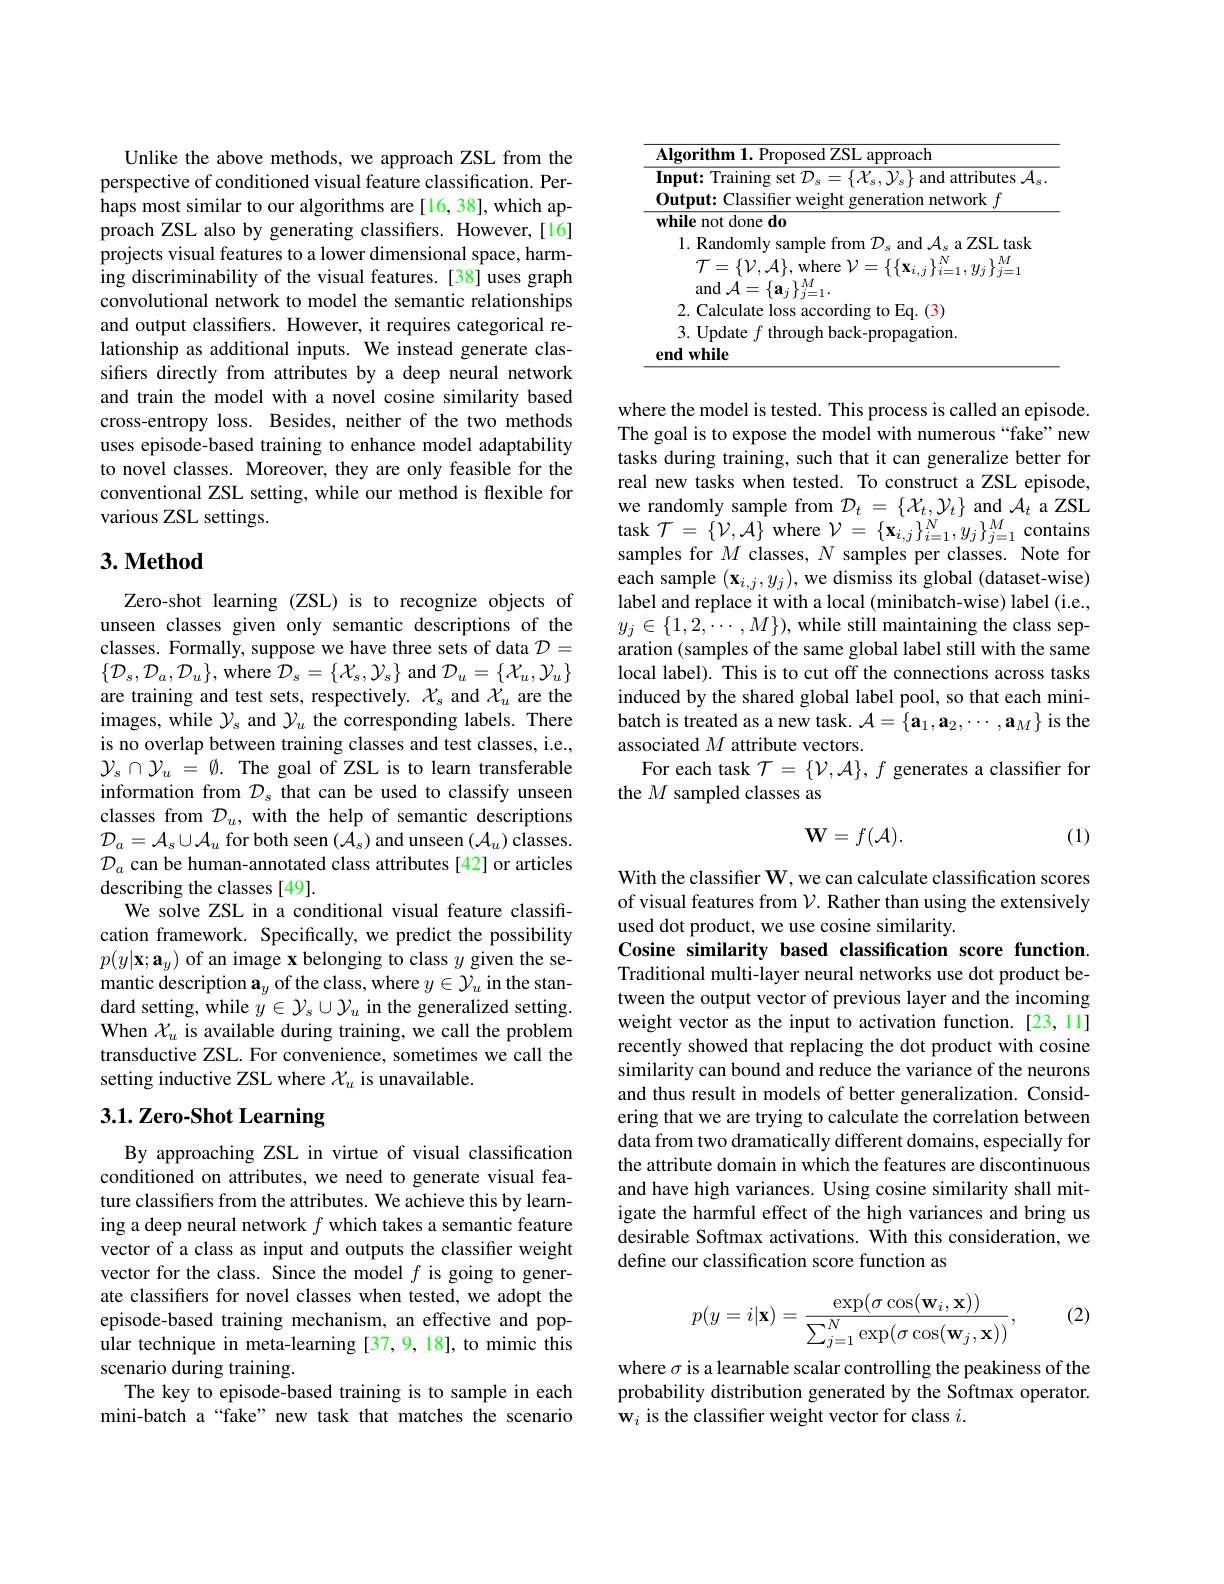
Unlike the above methods, we approach ZSL from the perspective of conditioned visual feature classification. Perhaps most similar to our algorithms are [16, 38], which approach ZSL also by generating classifiers. However,[16] projects visual features to a lower dimensional space, harming discriminability of the visual features. [38] uses graph convolutional network to model the semantic relationships and output classifers. However, it requires categorical relationship as additional inputs. We instead generate classifers directly from attributes by a deep neural network and train the model with a novel cosine similarity based cross-entropy loss. Besides, neither of the two methods uses episode-based training to enhance model adaptability to novel classes. Moreover, they are only feasible for the conventional ZSL setting, while our method is flexible for various ZSL settings.

## $3. \textbf{Method}$

Zero-shot learning (ZSL) is to recognize objects of unseen classes given only semantic descriptions of the classes. Formally, suppose we have three sets of data $\mathcal{D}=$ $\{\mathcal{D}_{s},\mathcal{D}_{a},\mathcal{D}_{u}\}$,where $\mathcal{D}_s=\{\mathcal{X}_{s},\mathcal{Y}_{s}\}$ and $\mathcal{D}_u=\{\mathcal{X}_{u},\mathcal{Y}_{u}\}$ are training and test sets, respectively. $\chi_s$ and $\chi_u$ are the images, while $\mathcal{Y}_s$ and $\mathcal{Y}_u$ the corresponding labels. There is no overlap between training classes and test classes, i.e., $\mathcal{Y}_s\cap\mathcal{Y}_u=\emptyset.$ The goal of ZSL is to learn transferable information from $\mathcal{D}_s$ that can be used to classify unseen classes from $D_u$, with the help of semantic descriptions $\mathcal{D}_{a}=\mathcal{A}_{s}\cup\mathcal{A}_{u}$ for both seen $(\mathcal{A}_{s})$ and unseen $(\mathcal{A}_{u})$ classes. $\mathcal{D}_a$ can be human-annotated class attributes [42] or articles describing the classes [49].
We solve ZSL in a conditional visual feature classification framework. Specifically, we predict the possibility $p(y|\mathbf{x};\mathbf{a}_{y})$ of an image x belonging to class $y$ given the semantic description $\mathbf{a}_y$ of the class, where $y\in\mathcal{Y}_u$ in the standard setting, while $y\in\mathcal{Y}_s\cup\mathcal{Y}_u$ in the generalized setting. When $\mathcal{X}_u$ is available during training, we call the problem transductive ZSL. For convenience, sometimes we call the setting inductive ZSL where $\mathcal{X}_u$ is unavailable.

## 3.1. Zero-Shot Learning

By approaching ZSL in virtue of visual classification conditioned on attributes, we need to generate visual feature classifiers from the attributes. We achieve this by learning a deep neural network $f$ which takes a semantic feature vector of a class as input and outputs the classifier weight vector for the class. Since the model $f$ is going to generate classifiers for novel classes when tested, we adopt the episode-based training mechanism, an effective and popular technique in meta-learning [37,9,18], to mimic this scenario during training.
The key to episode-based training is to sample in each mini-batch a“fake” new task that matches the scenario

where the model is tested. This process is called an episode The goal is to expose the model with numerous “fake”new tasks during training, such that it can generalize better for real new tasks when tested. To construct a ZSL episode, we randomly sample from $\mathcal{D}_t=\{\mathcal{X}_t,\mathcal{Y}_t\}$ and $\mathcal{A}_t$ a ZSL task $\mathcal{T}=\{\mathcal{V},\mathcal{A}\}$ where $\mathcal{V}=\{\mathbf{x}_{i,j}\}_{i=1}^{N},y_{j}\}_{j=1}^{M}$ contains samples for $M$ classes, $N$ samples per classes. Note for each sample $(\mathbf{x}_{i,j},y_{j})$,we dismiss its global (dataset-wise) label and replace it with a local (minibatch-wise) label (i.e., $y_{j}\in\{1,2,\cdots,M\})$, while still maintaining the class separation (samples of the same global label still with the same local label). This is to cut off the connections across tasks induced by the shared global label pool, so that each minibatch is treated as a new task. $\mathcal{A}=\{\mathbf{a}_1,\mathbf{a}_2,\cdots,\mathbf{a}_M\}$ is the associated $M$ attribute vectors.
For each task $\mathcal{T}=\{\mathcal{V},\mathcal{A}\},f$ generates a classifier for
the $M$ sampled classes as
$$\mathbf{W}=f(\mathcal{A}).$$
(1)

With the classifier $\mathbf{W}$,we can calculate classification scores of visual features from $\mathcal{V}.$ Rather than using the extensively used dot product, we use cosine similarity
Cosine similarity based classification score function. Traditional multi-layer neural networks use dot product between the output vector of previous layer and the incoming weight vector as the input to activation function. [23,11] recently showed that replacing the dot product with cosine similarity can bound and reduce the variance of the neurons and thus result in models of better generalization. Considering that we are trying to calculate the correlation between data from two dramatically different domains, especially for the attribute domain in which the features are discontinuous and have high variances. Using cosine similarity shall mitigate the harmful effect of the high variances and bring us desirable Softmax activations. With this consideration, we define our classification score function as

(2)
$$p(y=i|\mathbf{x})=\frac{\exp(\sigma\cos(\mathbf{w}_i,\mathbf{x}))}{\sum_{j=1}^N\exp(\sigma\cos(\mathbf{w}_j,\mathbf{x}))},$$
where $\sigma$ is a learnable scalar controlling the peakiness of the probability distribution generated by the Softmax operator. w$_i$ is the classifier weight vector for class $i$